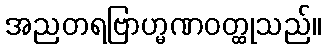
အညတရဗြာဟ္မဏဝတ္ထုသည်။